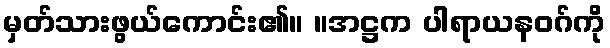
မှတ်သားဖွယ်ကောင်း၏။ ။အဋ္ဌက ပါရာယနဝဂ်ကို